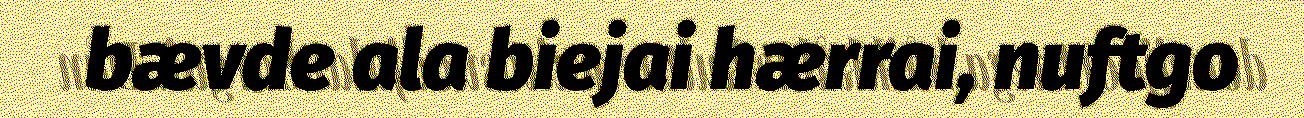
bævde ala biejai hærrai, nuftgo